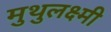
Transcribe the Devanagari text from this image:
मुथुलक्ष्मी